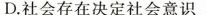
D.社会存在决定社会意识